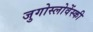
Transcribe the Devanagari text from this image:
जुगोस्लोवेंस्की